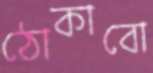
ঠোকাবো